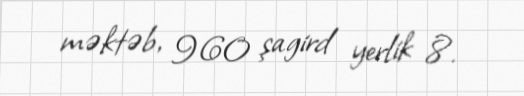
məktəb, 960 şagird yerlik 8.